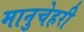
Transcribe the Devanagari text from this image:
मानुचेहरी